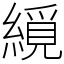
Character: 䌐